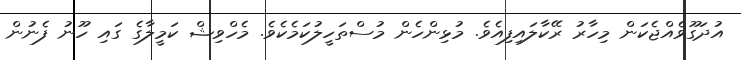
އުދަގޫވެއްޖެކަން މިހާރު ރޭކާލައިފިއެވެ. މުޅިންހެން މުސްތަހީލުކަމެކެވެ. މެހްވިޝް ކަމީލާގެ ގައި ހޫނު ފެނުން